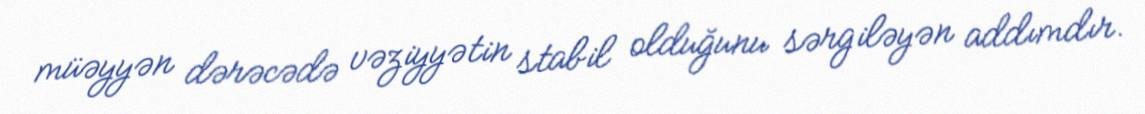
müəyyən dərəcədə vəziyyətin stabil olduğunu sərgiləyən addımdır.